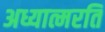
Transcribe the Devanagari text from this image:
अध्यात्मरति